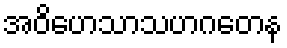
အဝိဟေသာသဟဂတေန